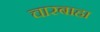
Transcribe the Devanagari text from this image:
चारबाहा